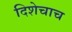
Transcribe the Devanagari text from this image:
दिशेचाच